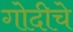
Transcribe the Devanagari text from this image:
गोदीचे